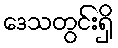
ဒေသတွင်းရှိ